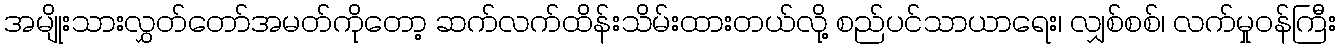
အမျိုးသားလွှတ်တော်အမတ်ကိုတော့ ဆက်လက်ထိန်းသိမ်းထားတယ်လို့ စည်ပင်သာယာရေး၊ လျှစ်စစ်၊ လက်မှုဝန်ကြီး